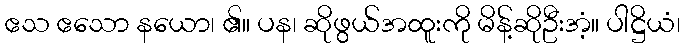
ဧသ ဧသော နယော၊ ၏။ ပန၊ ဆိုဖွယ်အထူးကို မိန့်ဆိုဦးအံ့။ ပါဋ္ဌိယံ၊